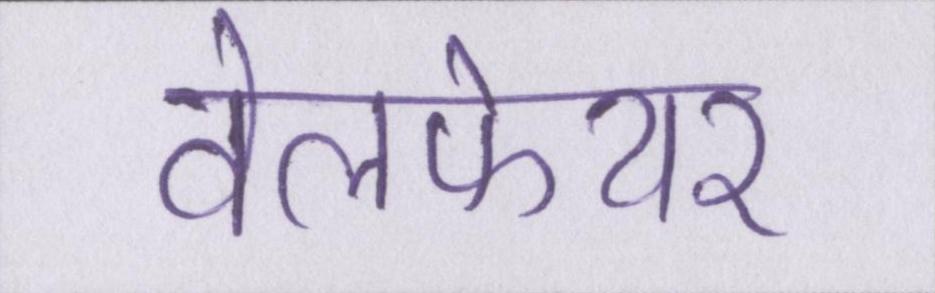
वेलफेयर